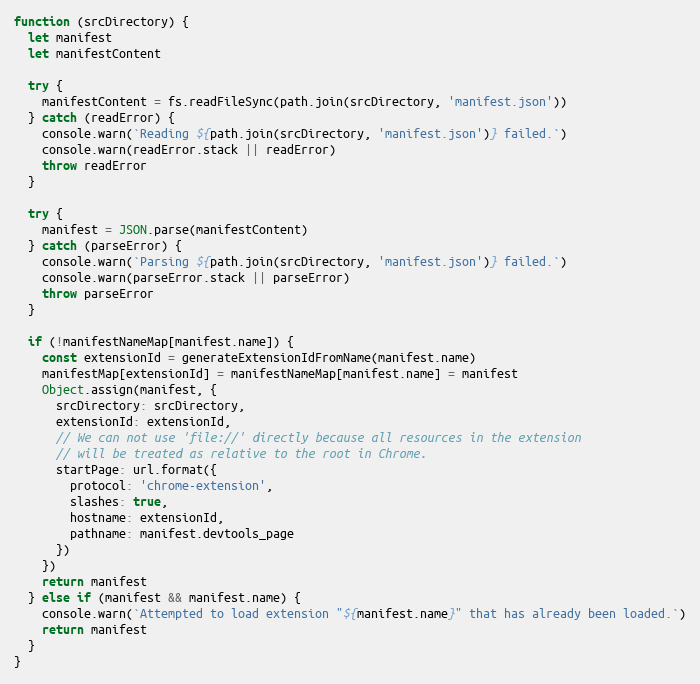
Language: JavaScript
function (srcDirectory) {
  let manifest
  let manifestContent

  try {
    manifestContent = fs.readFileSync(path.join(srcDirectory, 'manifest.json'))
  } catch (readError) {
    console.warn(`Reading ${path.join(srcDirectory, 'manifest.json')} failed.`)
    console.warn(readError.stack || readError)
    throw readError
  }

  try {
    manifest = JSON.parse(manifestContent)
  } catch (parseError) {
    console.warn(`Parsing ${path.join(srcDirectory, 'manifest.json')} failed.`)
    console.warn(parseError.stack || parseError)
    throw parseError
  }

  if (!manifestNameMap[manifest.name]) {
    const extensionId = generateExtensionIdFromName(manifest.name)
    manifestMap[extensionId] = manifestNameMap[manifest.name] = manifest
    Object.assign(manifest, {
      srcDirectory: srcDirectory,
      extensionId: extensionId,
      // We can not use 'file://' directly because all resources in the extension
      // will be treated as relative to the root in Chrome.
      startPage: url.format({
        protocol: 'chrome-extension',
        slashes: true,
        hostname: extensionId,
        pathname: manifest.devtools_page
      })
    })
    return manifest
  } else if (manifest && manifest.name) {
    console.warn(`Attempted to load extension "${manifest.name}" that has already been loaded.`)
    return manifest
  }
}